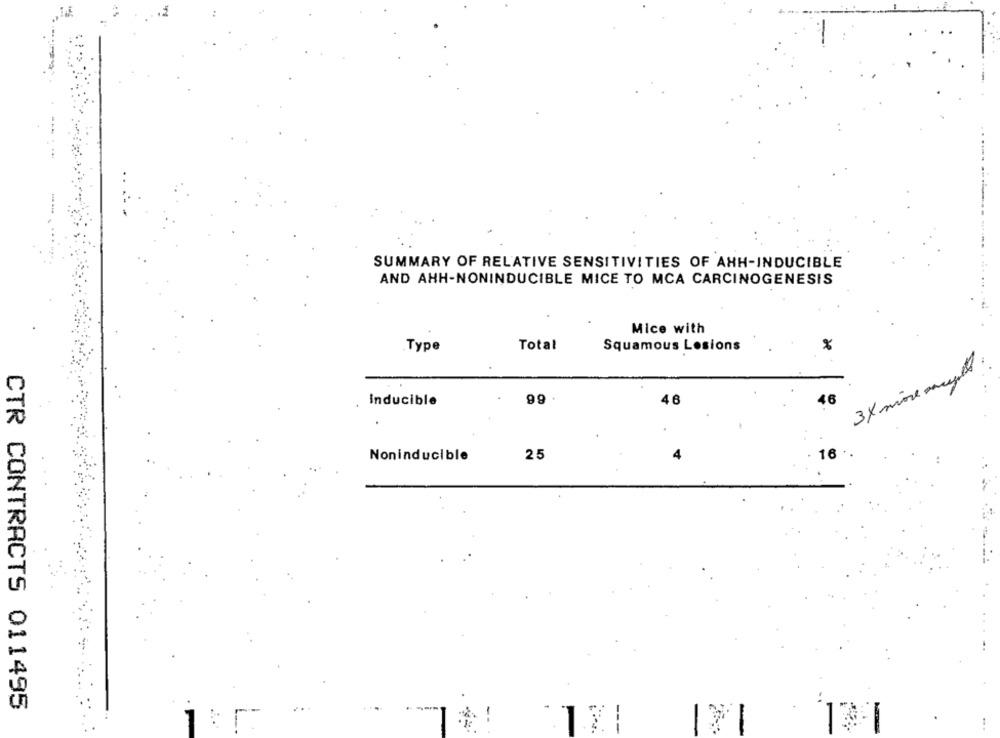
SUMMARY OF RELATIVE SENSITIVITIES OF AHH-INDUCIBLE
AND AHH-NONINDUCIBLE MICE TO MCA CARCINOGENESIS
Mice with
Total
Squamous Losions
Type
3 × more mugel
66
Inducible
46
16 .
Noninducible
25
CTR CONTRACTS 011495
--